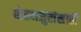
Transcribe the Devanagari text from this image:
शेतमजुरांसाठी